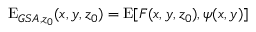
\mathrm { E } _ { G S A , z _ { 0 } } ( x , y , z _ { 0 } ) = \mathrm { E } [ F ( x , y , z _ { 0 } ) , \psi ( x , y ) ]